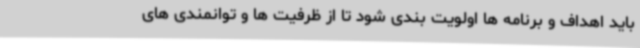
باید اهداف و برنامه ها اولویت بندی شود تا از ظرفیت ها و توانمندی های